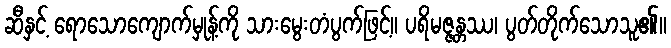
ဆီနှင့် ရောသောကျောက်မှုန့်ကို သားမွေးတံပွက်ဖြင့်။ ပရိမဇ္ဇန္တဿ၊ ပွတ်တိုက်သောသူ၏။